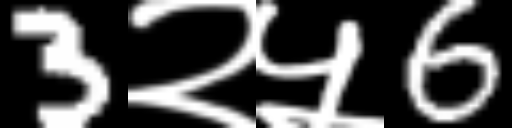
Text: 3२५6